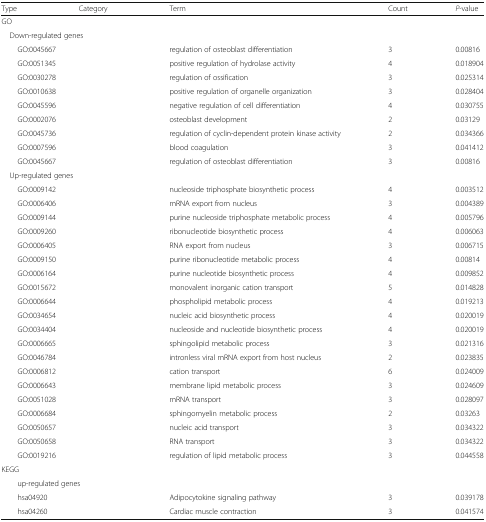
<table><thead><tr><td><b>Type</b></td><td><b>Category</b></td><td><b>Term</b></td><td><b>Count</b></td><td><b><i>P</i>-value</b></td></tr></thead><tbody><tr><td colspan="5">GO</td></tr><tr><td colspan="5"> Down-regulated genes</td></tr><tr><td colspan="2">GO:0045667</td><td>regulation of osteoblast differentiation</td><td>3</td><td>0.00816</td></tr><tr><td colspan="2">GO:0051345</td><td>positive regulation of hydrolase activity</td><td>4</td><td>0.018904</td></tr><tr><td colspan="2">GO:0030278</td><td>regulation of ossification</td><td>3</td><td>0.025314</td></tr><tr><td colspan="2">GO:0010638</td><td>positive regulation of organelle organization</td><td>3</td><td>0.028404</td></tr><tr><td colspan="2">GO:0045596</td><td>negative regulation of cell differentiation</td><td>4</td><td>0.030755</td></tr><tr><td colspan="2">GO:0002076</td><td>osteoblast development</td><td>2</td><td>0.03129</td></tr><tr><td colspan="2">GO:0045736</td><td>regulation of cyclin-dependent protein kinase activity</td><td>2</td><td>0.034366</td></tr><tr><td colspan="2">GO:0007596</td><td>blood coagulation</td><td>3</td><td>0.041412</td></tr><tr><td colspan="2">GO:0045667</td><td>regulation of osteoblast differentiation</td><td>3</td><td>0.00816</td></tr><tr><td colspan="5"> Up-regulated genes</td></tr><tr><td colspan="2">GO:0009142</td><td>nucleoside triphosphate biosynthetic process</td><td>4</td><td>0.003512</td></tr><tr><td colspan="2">GO:0006406</td><td>mRNA export from nucleus</td><td>3</td><td>0.004389</td></tr><tr><td colspan="2">GO:0009144</td><td>purine nucleoside triphosphate metabolic process</td><td>4</td><td>0.005796</td></tr><tr><td colspan="2">GO:0009260</td><td>ribonucleotide biosynthetic process</td><td>4</td><td>0.006063</td></tr><tr><td colspan="2">GO:0006405</td><td>RNA export from nucleus</td><td>3</td><td>0.006715</td></tr><tr><td colspan="2">GO:0009150</td><td>purine ribonucleotide metabolic process</td><td>4</td><td>0.00814</td></tr><tr><td colspan="2">GO:0006164</td><td>purine nucleotide biosynthetic process</td><td>4</td><td>0.009852</td></tr><tr><td colspan="2">GO:0015672</td><td>monovalent inorganic cation transport</td><td>5</td><td>0.014828</td></tr><tr><td colspan="2">GO:0006644</td><td>phospholipid metabolic process</td><td>4</td><td>0.019213</td></tr><tr><td colspan="2">GO:0034654</td><td>nucleic acid biosynthetic process</td><td>4</td><td>0.020019</td></tr><tr><td colspan="2">GO:0034404</td><td>nucleoside and nucleotide biosynthetic process</td><td>4</td><td>0.020019</td></tr><tr><td colspan="2">GO:0006665</td><td>sphingolipid metabolic process</td><td>3</td><td>0.021316</td></tr><tr><td colspan="2">GO:0046784</td><td>intronless viral mRNA export from host nucleus</td><td>2</td><td>0.023835</td></tr><tr><td colspan="2">GO:0006812</td><td>cation transport</td><td>6</td><td>0.024009</td></tr><tr><td colspan="2">GO:0006643</td><td>membrane lipid metabolic process</td><td>3</td><td>0.024609</td></tr><tr><td colspan="2">GO:0051028</td><td>mRNA transport</td><td>3</td><td>0.028097</td></tr><tr><td colspan="2">GO:0006684</td><td>sphingomyelin metabolic process</td><td>2</td><td>0.03263</td></tr><tr><td colspan="2">GO:0050657</td><td>nucleic acid transport</td><td>3</td><td>0.034322</td></tr><tr><td colspan="2">GO:0050658</td><td>RNA transport</td><td>3</td><td>0.034322</td></tr><tr><td colspan="2">GO:0019216</td><td>regulation of lipid metabolic process</td><td>3</td><td>0.044558</td></tr><tr><td colspan="5">KEGG</td></tr><tr><td colspan="2">up-regulated genes</td><td></td><td></td><td></td></tr><tr><td colspan="2">hsa04920</td><td>Adipocytokine signaling pathway</td><td>3</td><td>0.039178</td></tr><tr><td colspan="2">hsa04260</td><td>Cardiac muscle contraction</td><td>3</td><td>0.041574</td></tr></tbody></table>